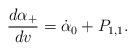
LaTeX: \begin{align*} \frac{d\alpha_+}{dv}=\dot{\alpha}_0+P_{1,1}.\end{align*}